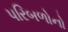
પરિબળોનો